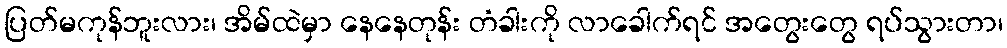
ပြတ်မကုန်ဘူးလား၊ အိမ်ထဲမှာ နေနေတုန်း တံခါးကို လာခေါက်ရင် အတွေးတွေ ရပ်သွားတာ၊